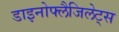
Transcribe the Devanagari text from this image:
डाइनोफ्लैजिलेट्स